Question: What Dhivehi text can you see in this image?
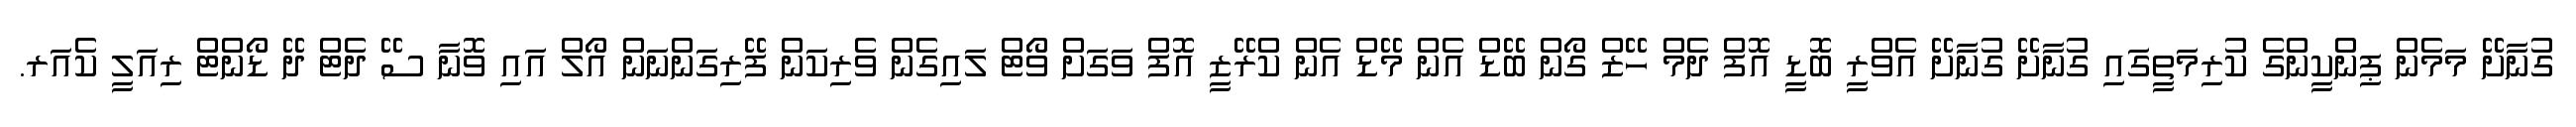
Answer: ގުނާށޭ މަމެން ޕިންކީންގެ ކުރިމަތީގައި ގުނާށޭ ގުނާށޭ އެވްރީ ބޮޑީ އޮފް ދެމް ހޭޒް ގޯން ބޭޑް އެން މޭޑް އެން ކްރޭޒީ އޮފް ވަގަށް ވޯޓް ލައިގެން ވެރިކަން ފޭރިގަންނަން އޯލް އައި ވޮނާ ސޭ ދެޓް ދޭ ޑޯންޓް ރިއަލީ ކެއަރ.